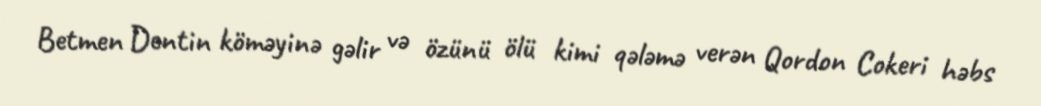
Betmen Dentin köməyinə gəlir və özünü ölü kimi qələmə verən Qordon Cokeri həbs